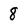
Character: 8